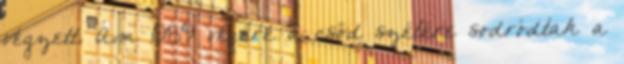
végzett. Ám 1989 végére a csőd szélére sodródtak a